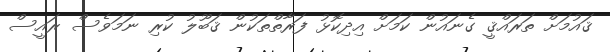
ޤައުމަށް ތަރައްޤީ ގެނައުން ކަމަށް އިދިކޮޅު ފަރާތްތަކުން ޤަބޫލު ކުރި ނަމަވެސް ރައީސް